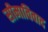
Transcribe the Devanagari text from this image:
सीमाविवाद